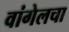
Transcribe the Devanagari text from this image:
वांगेलचा